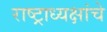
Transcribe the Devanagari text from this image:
राष्‍ट्राध्‍यक्षांचे